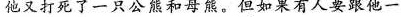
他又打死了一只公熊和母熊。但如果有人要跟他一